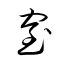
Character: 窒